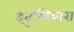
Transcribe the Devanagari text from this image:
इतुम्बियारा